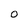
Character: O